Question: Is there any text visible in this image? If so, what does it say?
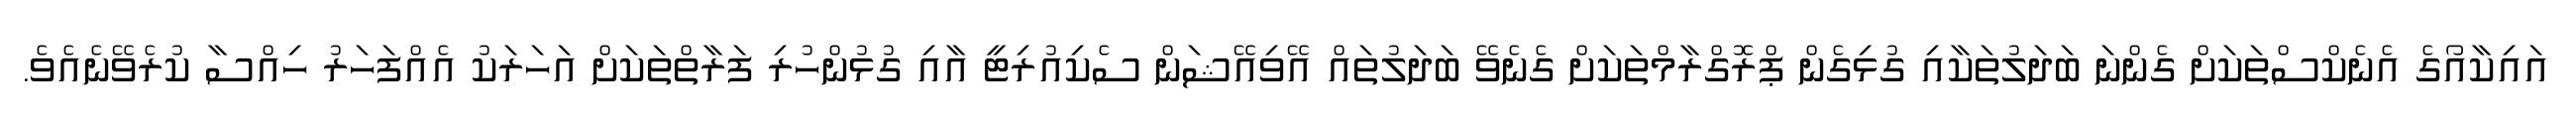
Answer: އައިކާއޯގެ އެނެކްސްތަކަށް ގެންނަ ބަދަލުތަކާއި ގުޅިގެން ޕްރޮގްރާމްތަކަށް ގެނެވޭ ބަދަލުތައް އޭވިއޭޝަން ސެކިއުރިޓީ އާއި ގުޅުންހުރި ފަރާތްތަކަށް އަހަރަކު އެއްފަހަރު ހިއްސާ ކުރެވޭނެއެވެ.